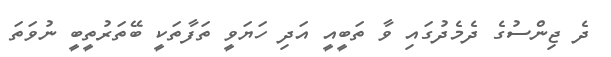
ދެ ޖިންސުގެ ދެމެދުގައި ވާ ތަބީއީ އަދި ހަޔަވީ ތަފާތަކީ ބޭތަރުތީބީ ނުވަތަ